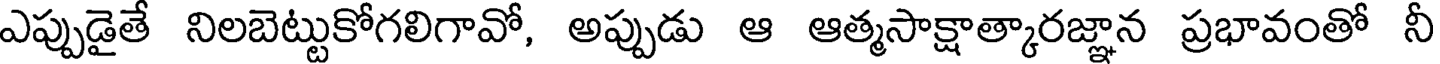
ఎప్పుడైతే నిలబెట్టుకోగలిగావో, అప్పుడు ఆ ఆత్మసాక్షాత్కారజ్ఞాన ప్రభావంతో నీ